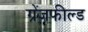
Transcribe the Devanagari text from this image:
ग्रेंजफील्ड